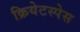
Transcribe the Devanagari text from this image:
क्रियेटस्पेस